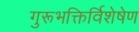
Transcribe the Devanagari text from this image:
गुरूभक्तिर्विशेषेण